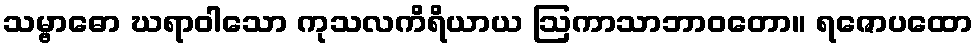
သမ္ဗာဓော ဃရာဝါသော ကုသလကိရိယာယ ဩကာသာဘာဝတော။ ရဇောပထော